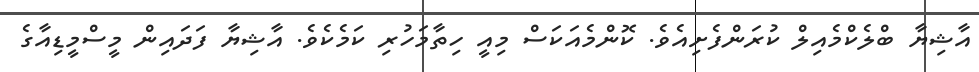
އާޝިޔާ ބްލެކްމެއިލް ކުރަންފެށިއެވެ. ކޮންމެއަކަސް މިއީ ހިތާމަހުރި ކަމެކެވެ. އާޝިޔާ ފަދައިން މީސްމީޑިއާގެ